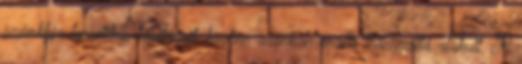
számkhja teoretikus tanításait, közben azonban önálló irányzattá alakult. A